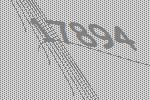
17894